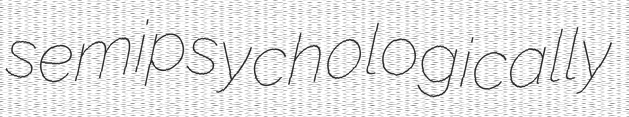
semipsychologically